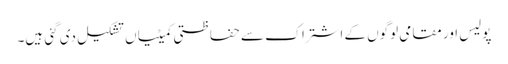
پولیس اور مقامی لوگوں کے اشتراک سے حفاظتی کمیٹیاں تشکیل دی گئی ہیں۔